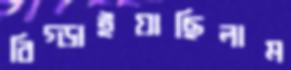
বিগ্‌ড়াইয়াছিলাম